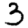
Digit: 3